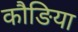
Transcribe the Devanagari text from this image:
कौङिया